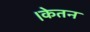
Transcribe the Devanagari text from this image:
।केतन